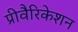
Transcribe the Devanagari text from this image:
प्रीवैरिकेशन